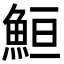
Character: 䱎